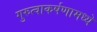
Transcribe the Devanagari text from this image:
गुरुत्वाकर्षणामध्ये